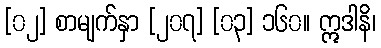
[၀၂] စာမျက်နှာ [၂၀၇] [၀၃] ၁၆၀။ ဣဒါနိ၊